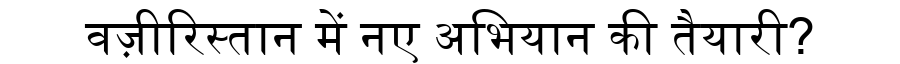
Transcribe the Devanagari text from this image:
वज़ीरिस्तान में नए अभियान की तैयारी?